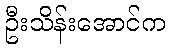
ဦးသိန်းအောင်က